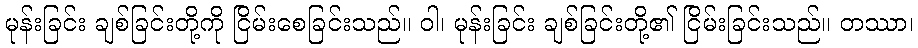
မုန်းခြင်း ချစ်ခြင်းတို့ကို ငြိမ်းစေခြင်းသည်။ ဝါ၊ မုန်းခြင်း ချစ်ခြင်းတို့၏ ငြိမ်းခြင်းသည်။ တဿာ၊